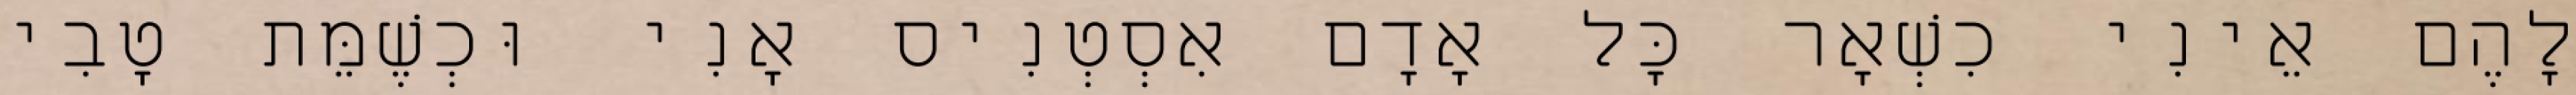
לָהֶם אֵינִי כִשְׁאָר כָּל אָדָם אִסְטְנִיס אָנִי וּכְשֶׁמֵּת טָבִי